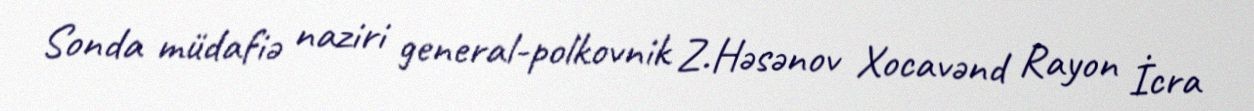
Sonda müdafiə naziri general-polkovnik Z.Həsənov Xocavənd Rayon İcra